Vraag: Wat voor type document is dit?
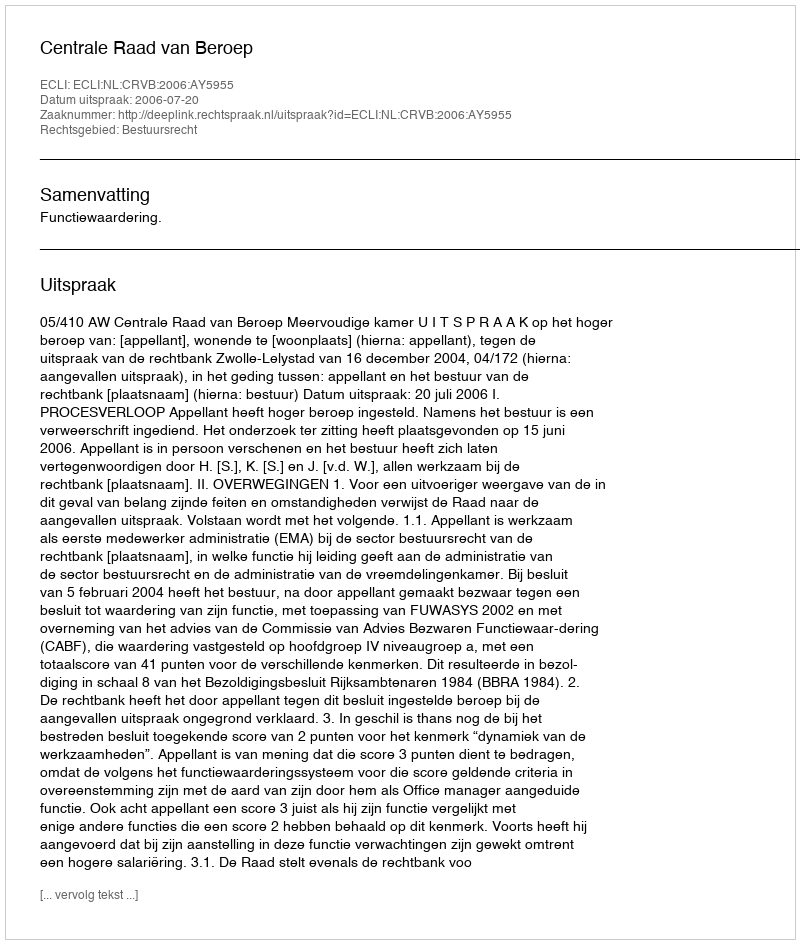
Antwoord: Uitspraak